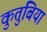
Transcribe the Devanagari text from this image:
कुतुबिया